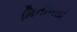
મિનીબસો